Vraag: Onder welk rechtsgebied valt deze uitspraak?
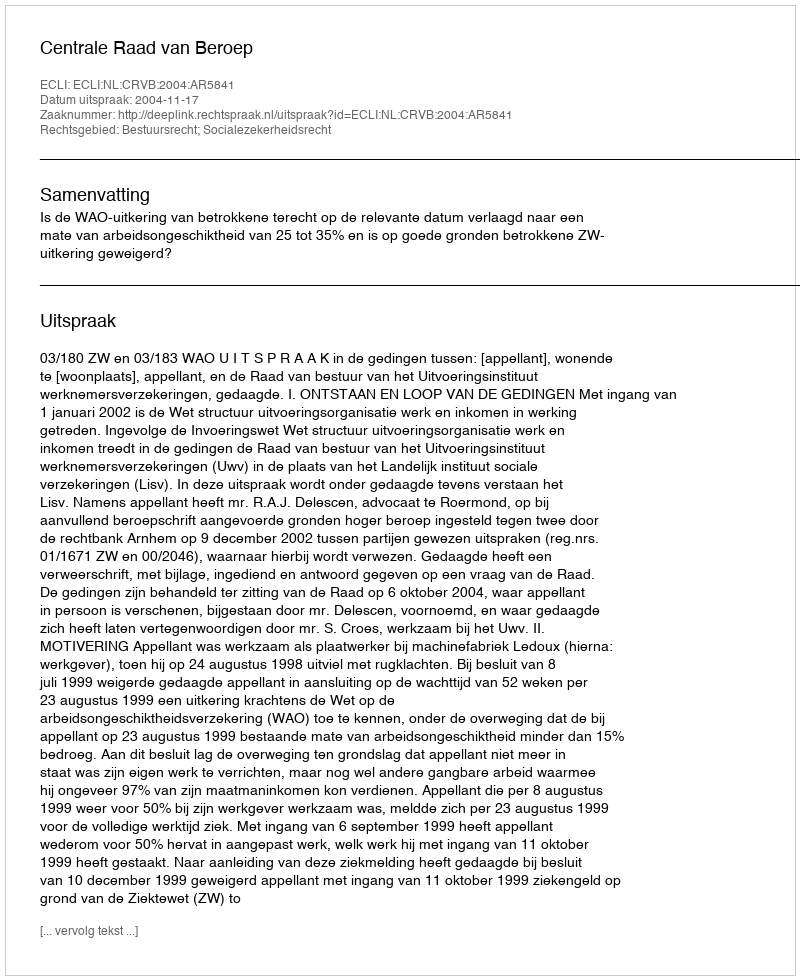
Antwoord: Bestuursrecht; Socialezekerheidsrecht